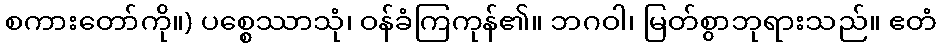
စကားတော်ကို။) ပစ္စေဿာသုံ၊ ဝန်ခံကြကုန်၏။ ဘဂဝါ၊ မြတ်စွာဘုရားသည်။ ဧတံ